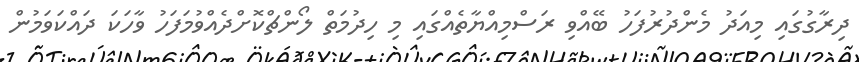
ދިރާގުގައި މިއަދު މެންދުރުފަހު ބޭއްވި ރަސްމިއްޔާތެއްގައި މި ހިދުމަތް ލޯންޗްކޮށްދެއްވުމަފަހު ވާހަކަ ދައްކަވަމުން